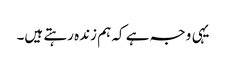
یہی وجہ ہے کہ ہم زندہ رہتے ہیں۔